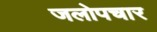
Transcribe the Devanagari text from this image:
जलोपचार